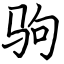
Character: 驹